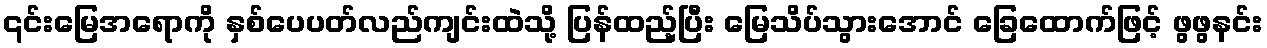
၎င်းမြေအရောကို နှစ်ပေပတ်လည်ကျင်းထဲသို့ ပြန်ထည့်ပြီး မြေသိပ်သွားအောင် ခြေထောက်ဖြင့် ဖွဖွနင်း